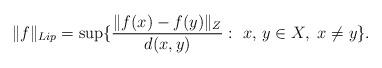
LaTeX: \begin{align*}\|f\|_{Lip} = \sup\{\frac{\|f(x)- f(y)\|_Z}{d(x, y)}: \ x, \,y \in X, \ x \not= y\}.\end{align*}